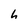
Character: h